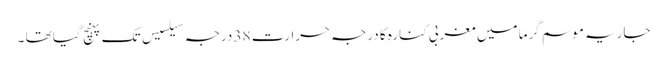
جاریہ موسم گرما میں مغربی کنارہ کا درجہ حرارت 38 درجہ سیلسیس تک پہنچ گیا تھا ۔